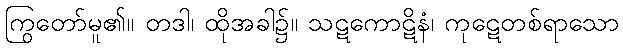
ကြွတော်မူ၏။ တဒါ၊ ထိုအခါ၌။ သဋကောဋိနံ၊ ကုဋေတစ်ရာသော